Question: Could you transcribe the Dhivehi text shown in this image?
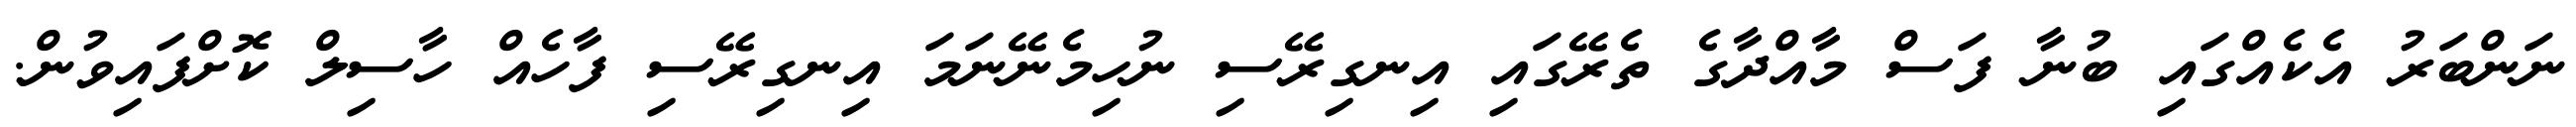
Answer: ނަންބަރު އެކެއްގައި ބުނާ ފަސް މާއްދާގެ ތެރޭގައި އިނގިރޭސި ނުހިމެނޭނަމަ އިނގިރޭސި ފާހެއް ހާސިލް ކޮށްފައިވުން.